Philaematomyia insignis, Austen - Number 54
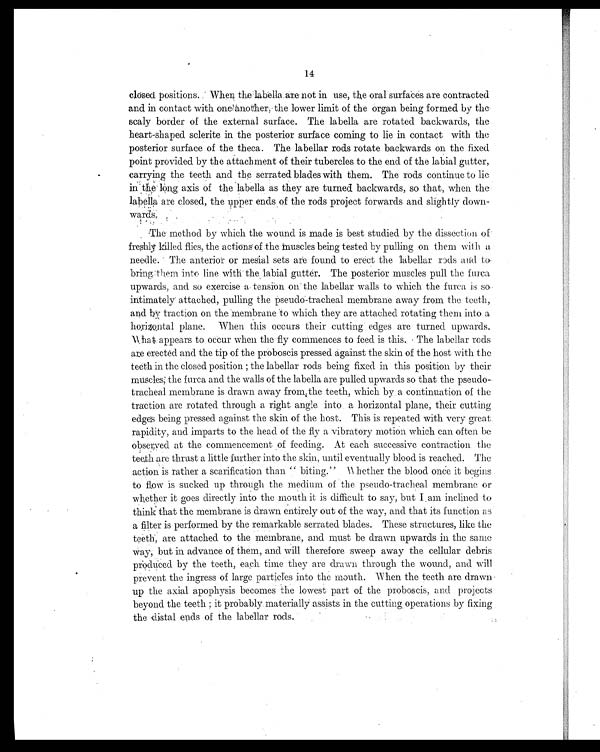
14
closed positions. When the labelia are not in use, the oral surfaces are contracted
and in contact with one another, the lower limit of the organ being formed by the
scaly border of the external surface. The labella are rotated backwards, the
heart-shaped sclerite in the posterior surface coming to lie in contact with the
posterior surface of the theca. The labellar rods rotate backwards on the fixed
point provided by the attachment of their tubercles to the end of the labial gutter,
carrying the teeth and the serrated blades with them. The rods continue to lie
in the long axis of the labella as they are turned backwards, so that, when the
labella are closed, the upper ends of the rods project forwards and slightly down
- wards
.
The method by which the wound is made is best studied by the dissection of'
freshly killed flies, the actions of the muscles being tested by pulling on them with a
needle. The anterior or mesial sets are found to erect the labellar rods and to
bring them into line with the labial gutter. The posterior muscles pull the furca
upwards, and so exercise a tension on the labellar walls to which the furca is so
intimately attached, pulling the pseudo-tracheal membrane away from the teeth,
a n d b y t r a c t i o n o n t h e m e m b r a n e t o w h i c h t h e y a r e a t t a c h e d r o t a t i n g t h e m i n t o a
horizontal plane. When this occurs their cutting edges are turned upwards.
What appears to occur when the fly commences to feed is this. The labellar rods
are erected and the tip of the proboscis pressed against the skin of the host with the
teeth i n the cl osed posi ti on; the l abel l ar rods bei ng fi xed i n thi s posi ti on by thei r
muscles; the f urea and the walls of the labella are pulled upwards so that the pseudo-
tracheal membrane is drawn away from, the teeth, which by a continuation of the
traction are rotated through a right angle into a horizontal plane, their cutting
edges being pressed against the skin of the host. This is repeated with very great.
rapidity, and imparts to the head of the fly a vibratory motion which can often be
observed at the commencement of feeding. At each successive contraction the
teeth are thrust a little further into the skin, until eventually blood is reached. The
action is rather a scarification than `` biting." Whether the blood once it begins
to flow is sucked up through the medium of the pseudo-tracheal membrane or
whether it goes directly into the mouth it is difficult to say, but I am inclined to
think that the membrane is drawn entirely out of the way, and that its function as
a filter is performed by the remarkable serrated blades. These structures, like the
teeth, are attached to the membrane, and must be drawn upwards in the same
way, but in advance of them, and will therefore sweep away the cellular debris
produced by the teeth, each time they are drawn through the wound, and will
prevent the ingress of large particles into the mouth. When the teeth are drawn
up the axial apophysis becomes the lowest part of the proboscis, and projects
beyond the teeth; it probably materially assists in the cutting operations by fixing
the distal ends of the labellar rods.